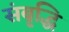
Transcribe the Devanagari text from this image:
संबृद्धि